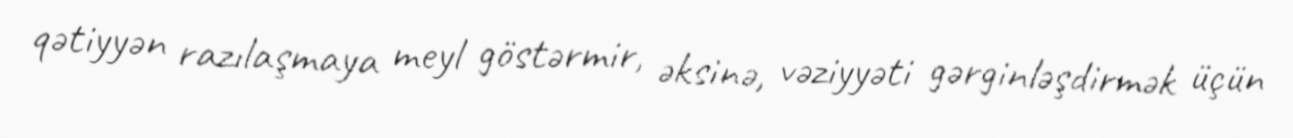
qətiyyən razılaşmaya meyl göstərmir, əksinə, vəziyyəti gərginləşdirmək üçün